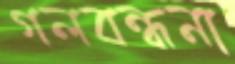
গলবন্ধনা